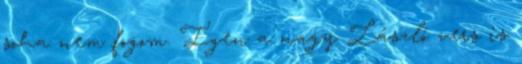
soha nem fogom. Igen a nagy László vers is